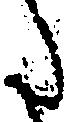
た